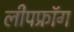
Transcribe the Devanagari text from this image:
लीपफ्रॉग